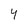
Character: 4